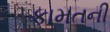
કામતની